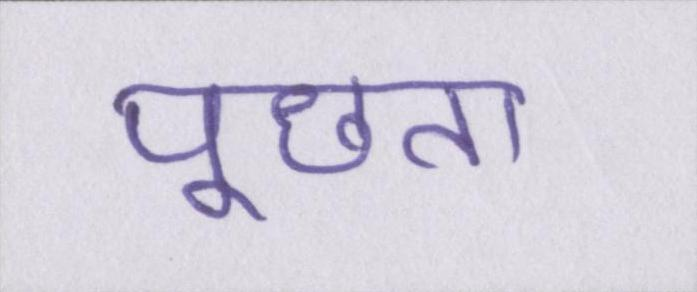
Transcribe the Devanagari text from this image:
पूछता